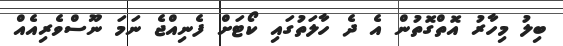
ބިލު މިހާރު އޮތްގޮތުން އެ ދެ ހާލަތުގައި ކޯޓަށް ފެނިއްޖެ ނަމަ ނޫސްވެރިއެއް